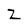
Character: Z